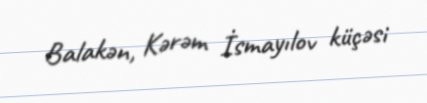
Balakən, Kərəm İsmayılov küçəsi